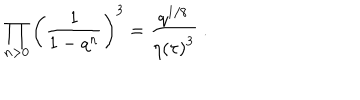
\prod _ { n > 0 } \left( \frac { 1 } { 1 - q ^ { n } } \right) ^ { 3 } = \frac { q ^ { 1 / 8 } } { \eta \left( \tau \right) ^ { 3 } } \ .